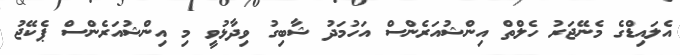
އެލައިޑްގެ މެނޭޖަރު ހެލްތް އިންޝުއަރެންސް އަހުމަދު ޝާބިގު ވިދާޅުވީ މި އިންޝުއަރެންސް ޕެކޭޖު